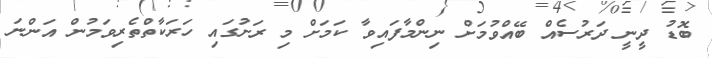
ބޮޑު ދީނީ ދަރުސެއް ބޭއްވުމަށް ނިންމާފައިވާ ކަމަށް މި ރަށުގައި ހަރަކާތްތެރިވަމުން އަންނަ